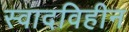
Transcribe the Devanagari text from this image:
स्वादविहीन